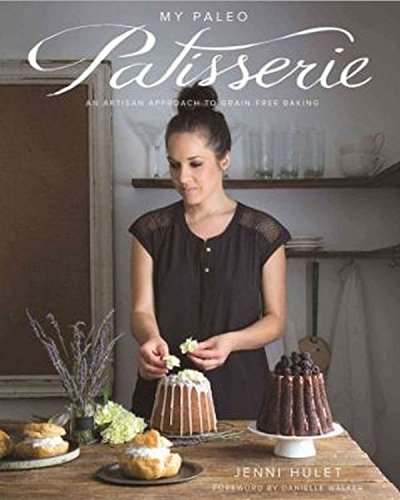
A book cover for My Paleo Patisserie: An Artisan Approach to Grain Free Baking; Jenni Hulet; Cookbooks, Food & Wine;